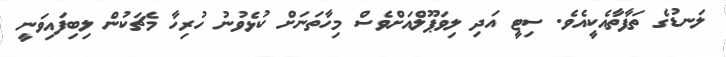
ލަނޑުގެ ތަފާތާއެކީއެވެ. ސިޓީ އަދި ލިވަޕޫލްއަށްވެސް މިހާތަނަށް ކުޅެވުނު ހުރިހާ މެޗަކުން ލިބިފައިވަނީ